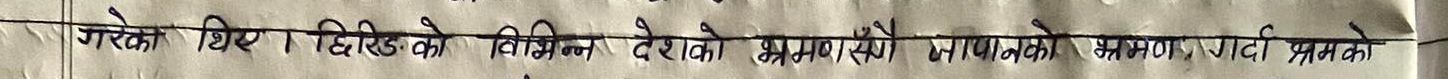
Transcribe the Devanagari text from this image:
गरेको थिए। विदेशको विभिन्न देशको भ्रमण सँगै जापानको भ्रमण गर्दा प्रथम को